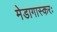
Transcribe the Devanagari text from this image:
मेडागास्करः